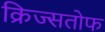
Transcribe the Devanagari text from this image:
क्रिज्सतोफ